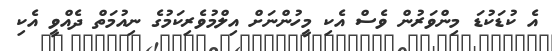
އެ ކުޑަކުޑަ މިންވަރުން ވެސް އެކި މީހުންނަށް އިލްމުވެރިކަމުގެ ނިއުމަތް ދެއްވީ އެކި